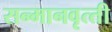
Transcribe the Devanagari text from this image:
सन्‍मानवृत्‍ती